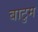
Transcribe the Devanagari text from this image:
बाटुम